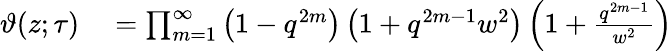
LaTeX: \begin{array}{rl}{\vartheta(z;\tau)}&{{}=\prod_{m=1}^{\infty}\left(1-q^{2m}\right)\left(1+q^{2m-1}w^{2}\right)\left(1+{\frac{q^{2m-1}}{w^{2}}}\right)}\end{array}